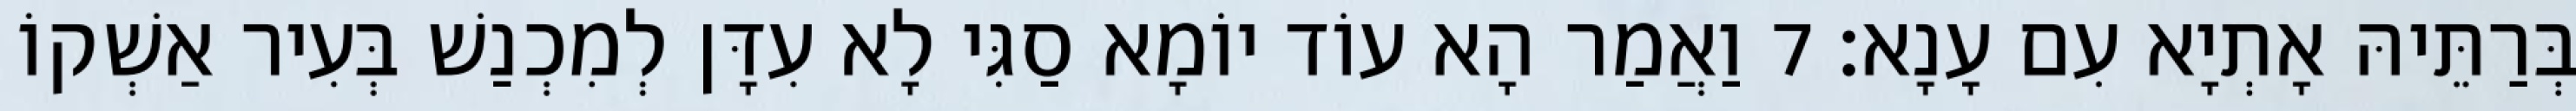
בְּרַתֵּיהּ אָתְיָא עִם עָנָא׃ 7 וַאֲמַר הָא עוֹד יוֹמָא סַגִּי לָא עִדָּן לְמִכְנַשׁ בְּעִיר אַשְׁקוֹ